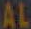
AL